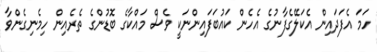
ހަމަ އެފަދައިން އެކަލޭގެފާނުގެ އެހެން ކައުބަފައިންނަކީ ވެސް މައްކާގެ ބޮޑުންގެ ތެރެއިން ހިމެނިގެންވާ